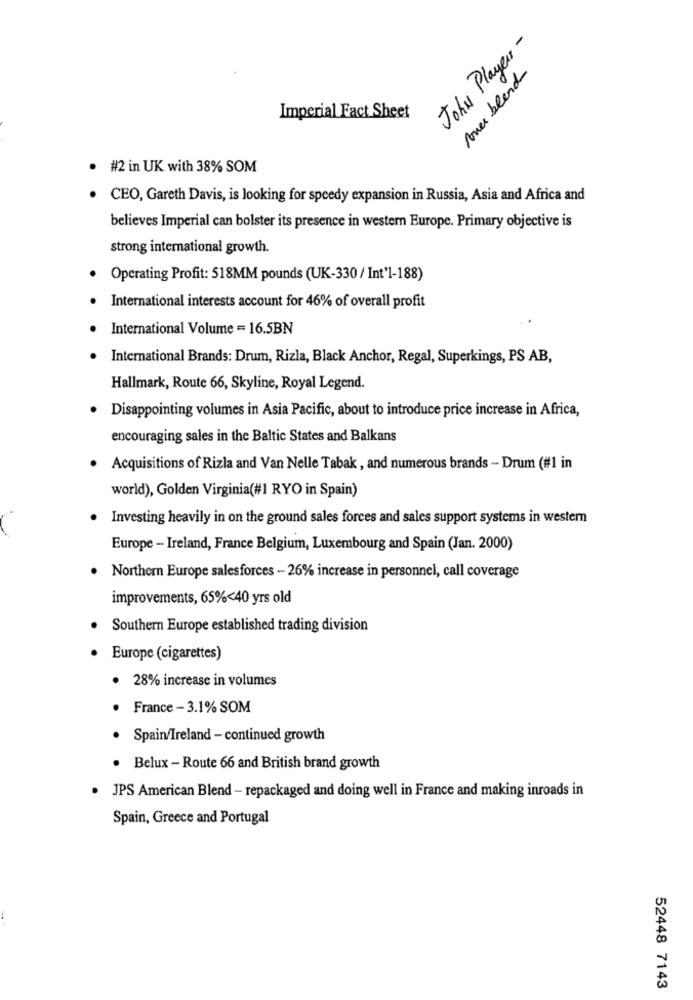
John Player -
Poner blend
Imperial Fact Sheet
· #2 in UK with 38% SOM
· CEO, Gareth Davis, is looking for speedy expansion in Russia, Asia and Africa and
believes Imperial can bolster its presence in western Europe. Primary objective is
strong international growth.
Operating Profit: 518MM pounds (UK-330 / Int'l-188)
· International interests account for 46% of overall profit
International Volume = 16.5BN
International Brands: Drum, Rizla, Black Anchor, Regal, Superkings, PS AB,
Hallmark, Route 66, Skyline, Royal Legend.
· Disappointing volumes in Asia Pacific, about to introduce price increase in Africa,
encouraging sales in the Baltic States and Balkans
· Acquisitions of Rizla and Van Nelle Tabak , and numerous brands - Drum (#1 in
world), Golden Virginia(#1 RYO in Spain)
Investing heavily in on the ground sales forces and sales support systems in westem
Europe - Ireland, France Belgium, Luxembourg and Spain (Jan. 2000)
· Northern Europe salesforces - 26% increase in personnel, call coverage
improvements, 65%<40 yrs old
Southern Europe established trading division
Europe (cigarettes)
· 28% increase in volumes
France - 3.1% SOM
Spain/Ireland - continued growth
Belux - Route 66 and British brand growth
JPS American Blend - repackaged and doing well in France and making inroads in
Spain, Greece and Portugal
52448 7143